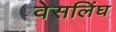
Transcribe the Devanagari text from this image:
वेसलिंघ